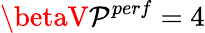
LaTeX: \betaV\mathcal{P}^{perf}=4